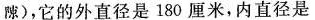
隙)，它的外直径是180厘米，内直径是